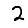
Digit: 2